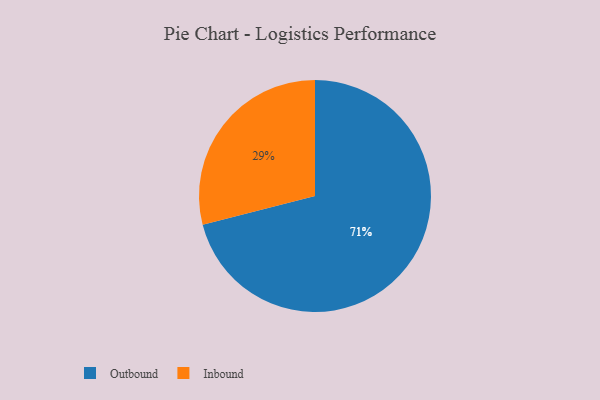
{"axis": {"x": "Category", "y": "Percentage"}, "legend": ["Inbound", "Outbound"], "data": [{"x": "Inbound", "y": 29, "type": "Inbound"}, {"x": "Outbound", "y": 71, "type": "Outbound"}]}